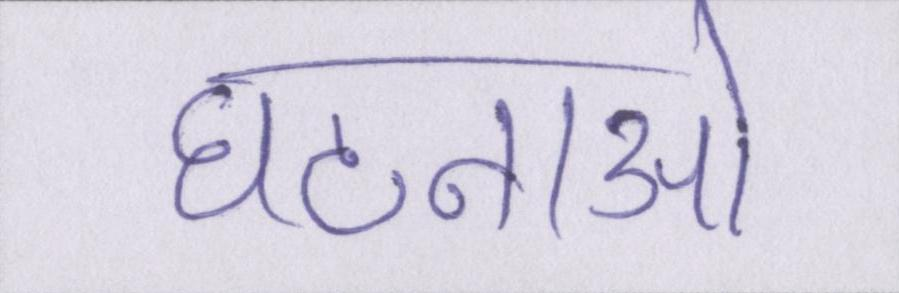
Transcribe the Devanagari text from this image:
घटनाओ